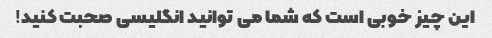
این چیز خوبی است که شما می توانید انگلیسی صحبت کنید!